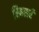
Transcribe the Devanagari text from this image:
रिवसर्र